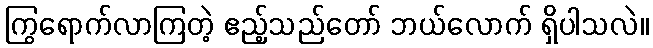
ကြွရောက်လာကြတဲ့ ဧည့်သည်တော် ဘယ်လောက် ရှိပါသလဲ။